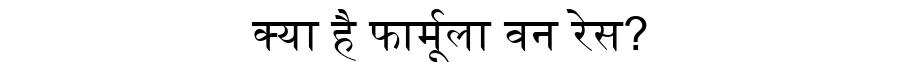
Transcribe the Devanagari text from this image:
क्या है फार्मूला वन रेस?